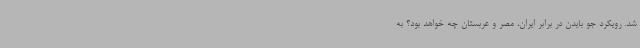
شد. رویکرد جو بایدن در برابر ایران، مصر و عربستان چه خواهد بود؟ به